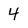
Character: 4